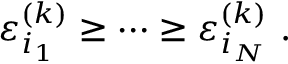
\varepsilon _ { i _ { 1 } } ^ { ( k ) } \geq \cdots \geq \varepsilon _ { i _ { N } } ^ { ( k ) } \mathrm { ~ . ~ }